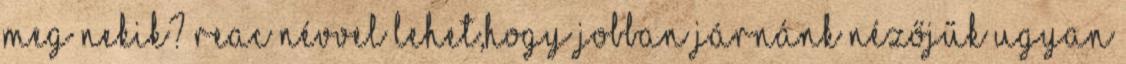
meg nekik? REAC névvel lehet,hogy jobban járnánk Nézőjűk ugyan